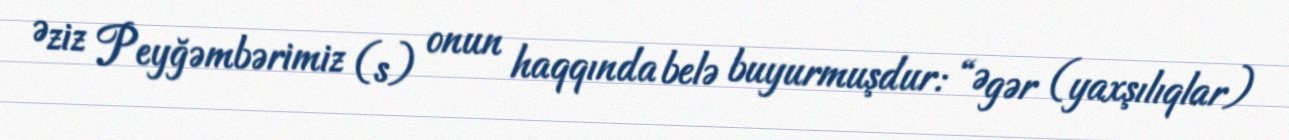
Əziz Peyğəmbərimiz (s) onun haqqında belə buyurmuşdur: “Əgər (yaxşılıqlar)